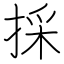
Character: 採